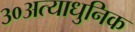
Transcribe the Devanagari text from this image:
३०अत्याधुनिक